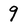
Character: 9